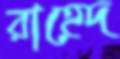
রাহেদ